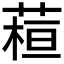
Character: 𦶙